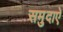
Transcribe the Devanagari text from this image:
समुदाऐ